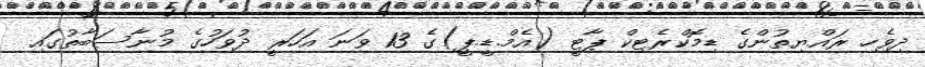
ދިވެހި ރައްޔިތުންގެ ޑިމޮކްރެޓިކް ޕާޓީ (އެމް.ޑީ.ޕީ)ގެ 13 ވަނަ އަހަރީ ދުވަހުގެ މުނާސަބާތުގައި